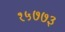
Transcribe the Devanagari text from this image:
१५७७३